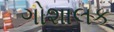
ગોશાલક